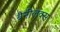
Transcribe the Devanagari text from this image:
बैनीलक्स